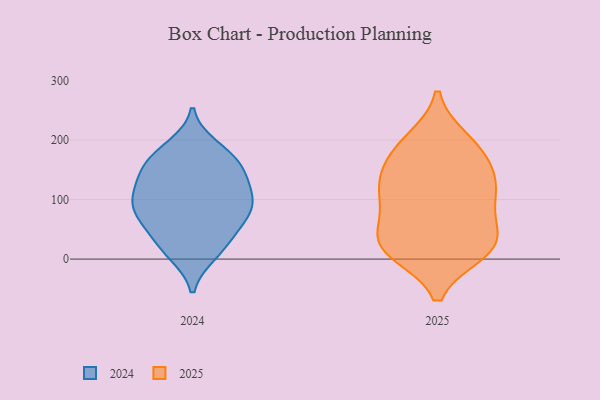
{"axis": {"x": "Bounce Rate (%)", "y": "Value"}, "legend": ["2024", "2025"], "data": [{"x": "", "y": 10, "type": "2024"}, {"x": "", "y": 173, "type": "2024"}, {"x": "", "y": 188, "type": "2024"}, {"x": "", "y": 123, "type": "2024"}, {"x": "", "y": 16, "type": "2024"}, {"x": "", "y": 50, "type": "2024"}, {"x": "", "y": 140, "type": "2024"}, {"x": "", "y": 85, "type": "2024"}, {"x": "", "y": 112, "type": "2024"}, {"x": "", "y": 144, "type": "2024"}, {"x": "", "y": 105, "type": "2024"}, {"x": "", "y": 91, "type": "2024"}, {"x": "", "y": 66, "type": "2024"}, {"x": "", "y": 160, "type": "2024"}, {"x": "", "y": 24, "type": "2024"}, {"x": "", "y": 170, "type": "2024"}, {"x": "", "y": 73, "type": "2024"}, {"x": "", "y": 84, "type": "2024"}, {"x": "", "y": 200, "type": "2025"}, {"x": "", "y": 12, "type": "2025"}, {"x": "", "y": 171, "type": "2025"}, {"x": "", "y": 15, "type": "2025"}, {"x": "", "y": 39, "type": "2025"}, {"x": "", "y": 121, "type": "2025"}, {"x": "", "y": 21, "type": "2025"}, {"x": "", "y": 21, "type": "2025"}, {"x": "", "y": 136, "type": "2025"}, {"x": "", "y": 167, "type": "2025"}, {"x": "", "y": 195, "type": "2025"}, {"x": "", "y": 84, "type": "2025"}, {"x": "", "y": 119, "type": "2025"}, {"x": "", "y": 116, "type": "2025"}, {"x": "", "y": 31, "type": "2025"}, {"x": "", "y": 80, "type": "2025"}]}